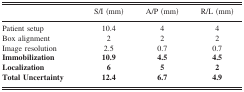
<table><thead><tr><td></td><td><b>S/I (mm)</b></td><td><b>A/P (mm)</b></td><td><b>R/L (mm)</b></td></tr></thead><tbody><tr><td>Patient setup</td><td>10.4</td><td>4</td><td>4</td></tr><tr><td>Box alignment</td><td>2</td><td>2</td><td>2</td></tr><tr><td>Image resolution</td><td>2.5</td><td>0.7</td><td>0.7</td></tr><tr><td><b>Immobilization</b></td><td><b>10.9</b></td><td><b>4.5</b></td><td><b>4.5</b></td></tr><tr><td><b>Localization</b></td><td><b>6</b></td><td><b>5</b></td><td><b>2</b></td></tr><tr><td><b>Total Uncertainty</b></td><td><b>12.4</b></td><td><b>6.7</b></td><td><b>4.9</b></td></tr></tbody></table>